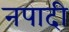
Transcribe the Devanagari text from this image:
नपादी